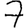
Digit: 7